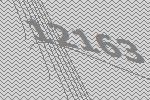
12163